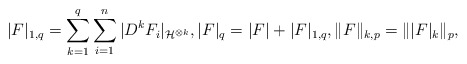
\begin{align*}|F|_{1,q}=\sum_{k=1}^q\sum_{i=1}^ n|D^ kF_i|_{\mathcal{H}^{\otimes k}},|F|_q=|F|+|F|_{1,q},\|F\|_{k,p}=\| |F|_k\|_p,\end{align*}